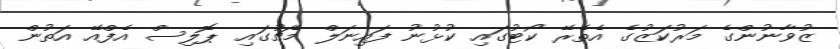
ޒުވާނުންގެ މަރުކަޒުގެ އެތެރޭ ކޯޓުގައި ކުޅުނު ފައިނަލް މެޗުގައި ޕޮލިސް އެފްއޭ އަތުން